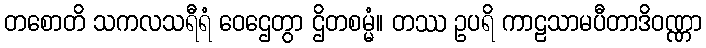
တစောတိ သကလသရီရံ ဝေဌေတွာ ဌိတစမ္မံ။ တဿ ဥပရိ ကာဠသာမပီတာဒိဝဏ္ဏာ